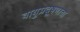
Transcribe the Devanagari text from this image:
वायुप्रदूषणाचा